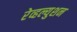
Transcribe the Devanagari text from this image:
रेव्हल्युशन